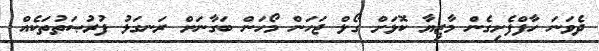
ދެވަނަ ހާފްފެށިގެން މާޒިޔާ ކޮޅަށް ގޯލް ޖަހަން މޯހަން ބަގާނަށް ރަނގަޅު ފުރުޞަތުތަކެއް